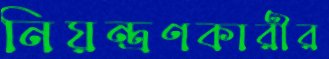
নিয়ন্ত্রণকারীর